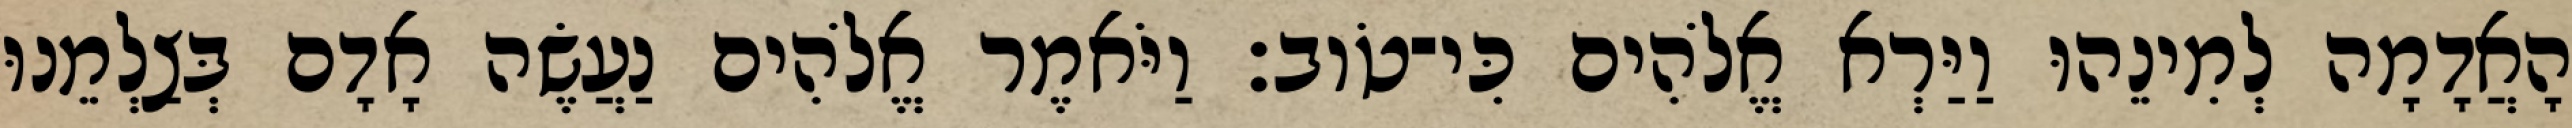
הָאֲדָמָה לְמִינֵהוּ וַיַּרְא אֱלֹהִים כִּי־טֹוב׃ וַיֹּאמֶר אֱלֹהִים נַעֲשֶׂה אָדָם בְּצַלְמֵנוּ